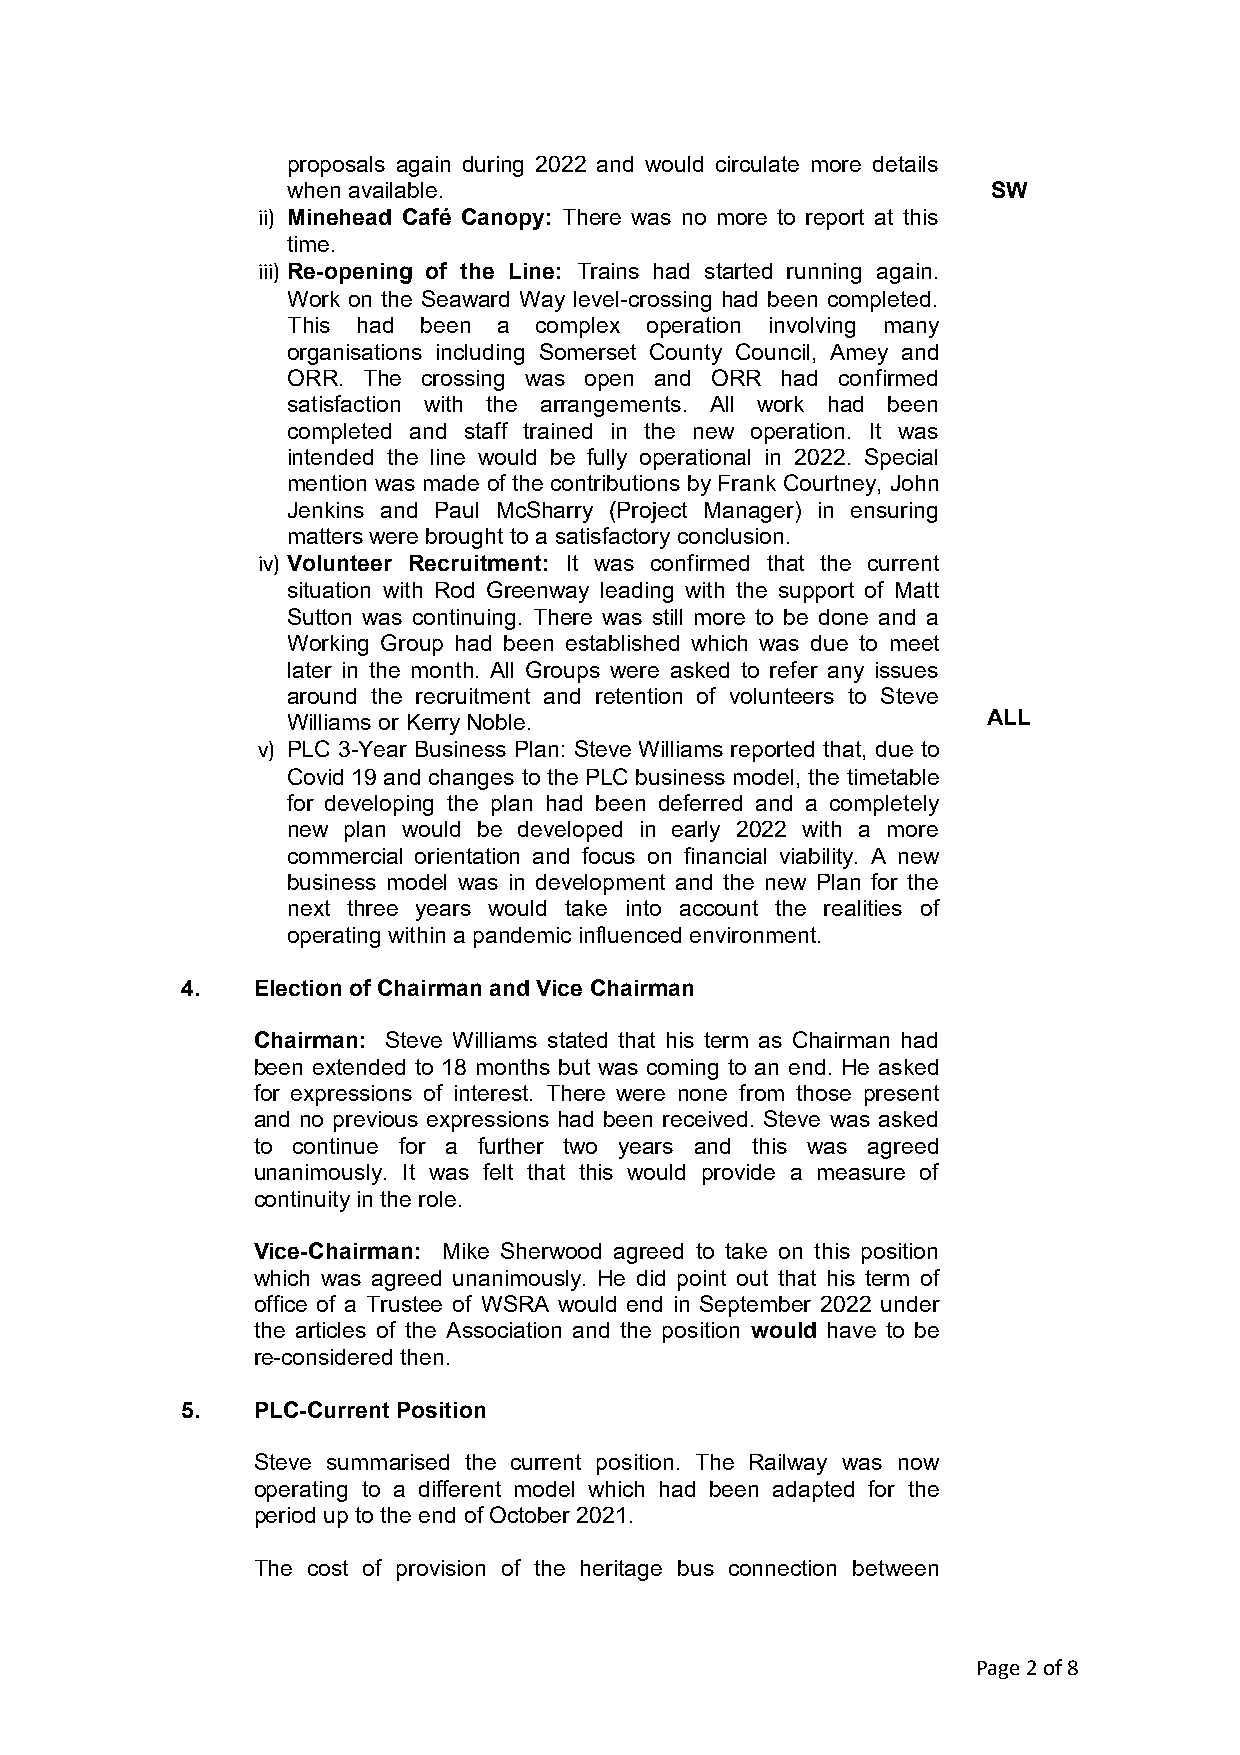
proposals again during 2022 and would circulate more details
 when available.                                SW
 ii) Minehead Café Canopy: There was no more to report at this
 time.
 iii) Re-opening of the Line: Trains had started running again.
 Work on the Seaward Way level-crossing had been completed.
 This had been a complex operation involving many
 organisations including Somerset County Council, Amey and
 ORR. The crossing was open and ORR had confirmed
 satisfaction with the arrangements. All work had been
 completed and staff trained in the new operation. It was
 intended the line would be fully operational in 2022. Special
 mention was made of the contributions by Frank Courtney, John
 Jenkins and Paul McSharry (Project Manager) in ensuring
 matters were brought to a satisfactory conclusion.
 iv) Volunteer Recruitment: It was confirmed that the current
 situation with Rod Greenway leading with the support of Matt
 Sutton was continuing. There was still more to be done and a
 Working Group had been established which was due to meet
 later in the month. All Groups were asked to refer any issues
 around the recruitment and retention of volunteers to Steve
 Williams or Kerry Noble.                      ALL
 v) PLC 3-Year Business Plan: Steve Williams reported that, due to
 Covid 19 and changes to the PLC business model, the timetable
 for developing the plan had been deferred and a completely
 new plan would be developed in early 2022 with a more
 commercial orientation and focus on financial viability. A new
 business model was in development and the new Plan for the
 next three years would take into account the realities of
 operating within a pandemic influenced environment.
 4.   Election of Chairman and Vice Chairman
 Chairman: Steve Williams stated that his term as Chairman had
 been extended to 18 months but was coming to an end. He asked
 for expressions of interest. There were none from those present
 and no previous expressions had been received. Steve was asked
 to continue for a further two years and this was agreed
 unanimously. It was felt that this would provide a measure of
 continuity in the role.
 Vice-Chairman: Mike Sherwood agreed to take on this position
 which was agreed unanimously. He did point out that his term of
 office of a Trustee of WSRA would end in September 2022 under
 the articles of the Association and the position would have to be
 re-considered then.
 5.   PLC-Current Position
 Steve summarised the current position. The Railway was now
 operating to a different model which had been adapted for the
 period up to the end of October 2021.
 The cost of provision of the heritage bus connection between
 Page 2 of 8